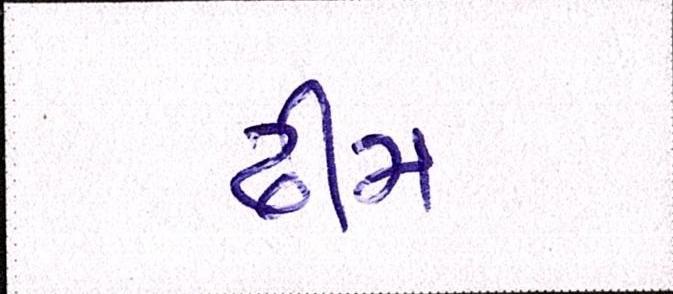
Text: ઢીમ